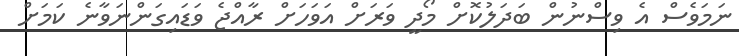
ނަމަވެސް އެ ވިސްނުން ބަދަލުކޮށް މޯދީ ވަރަށް އަވަހަށް ރާއްޖެ ވަޑައިގަންނަވާނެ ކަމަށް